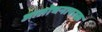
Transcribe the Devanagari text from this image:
आलोचनापरक